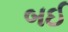
બઈ